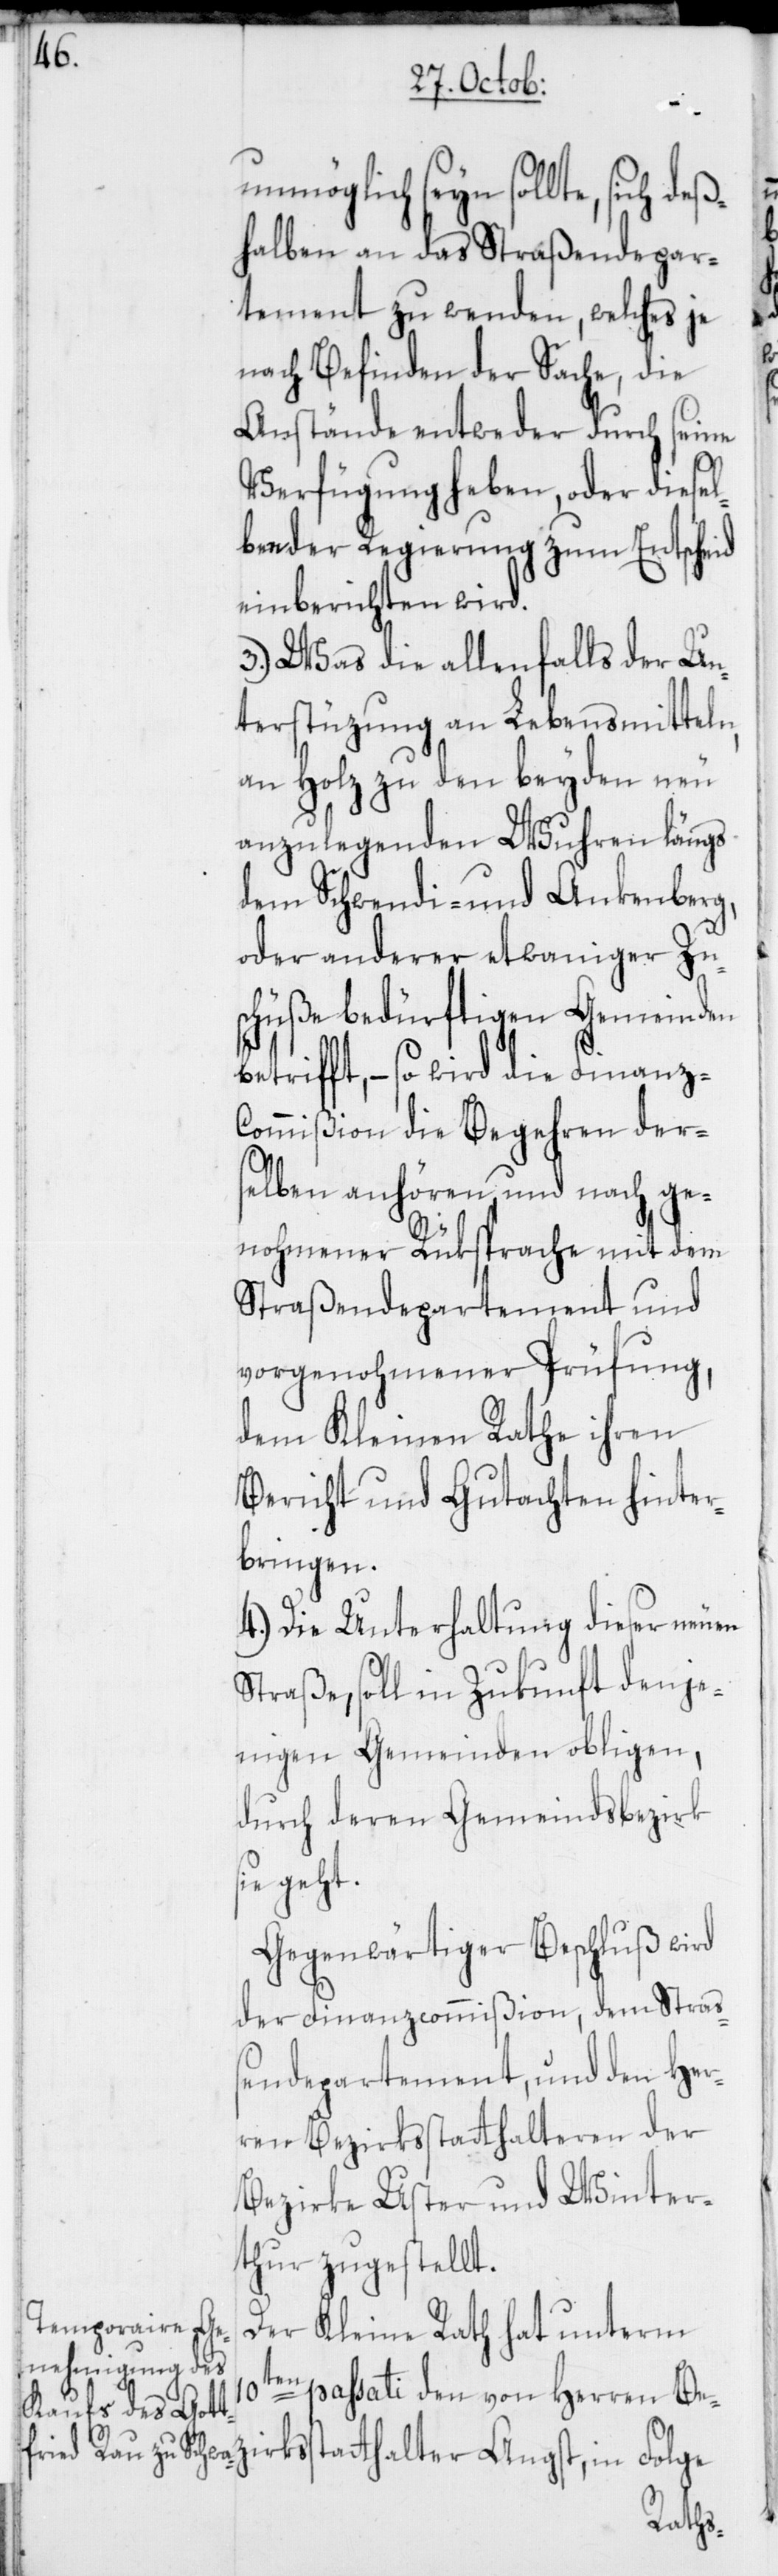
10t¬

unmöglich seyn sollte, sich deß¬
halben an das Straßendepar¬
tement zu wenden, welches je
nach Befinden der Sache, die
Anstände entweder durch seine
Verfügung heben, oder diesel¬
ben der Regierung zum Entscheid
einberichten wird.
3.) Was die allenfalls der Un¬
terstüzung an Lebensmitteln,
an Holz zu den beyden neu
anzulegenden Wuhren längs
dem Schwendi- und Ankenberg,
oder anderer etwaniger Zu¬
schüße bedürftigen Gemeinden
betrifft, – so wird die Finanz-C¬
ommißion die Begehren ders¬
elben anhören, und nach ge¬
nohmener Rüksprache mit dem
Straßendepartement und
vorgenohmener Prüfung,
dem Kleinen Rathe ihren
Bericht und Gutachen hinter¬
bringen.
4.) Die Unterhaltung dieser neuen
Straße, soll in Zukunft denje¬
nigen Gemeinden obligen,
durch deren Gemeindsbezirk
sie geht.
Gegenwärtiger Beschluß wird
der Finanzcommißion, dem Stra¬
ßendepartement, und den Her¬
ren Bezirksstatthalteren der
Bezirke Uster und Winter¬
thur zugestellt.
Der Kleine Rath hat unterm
en passati den von Herren Be¬
zirksstatthalter Angst, in Folge